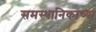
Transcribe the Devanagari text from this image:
समस्थानिकाच्या